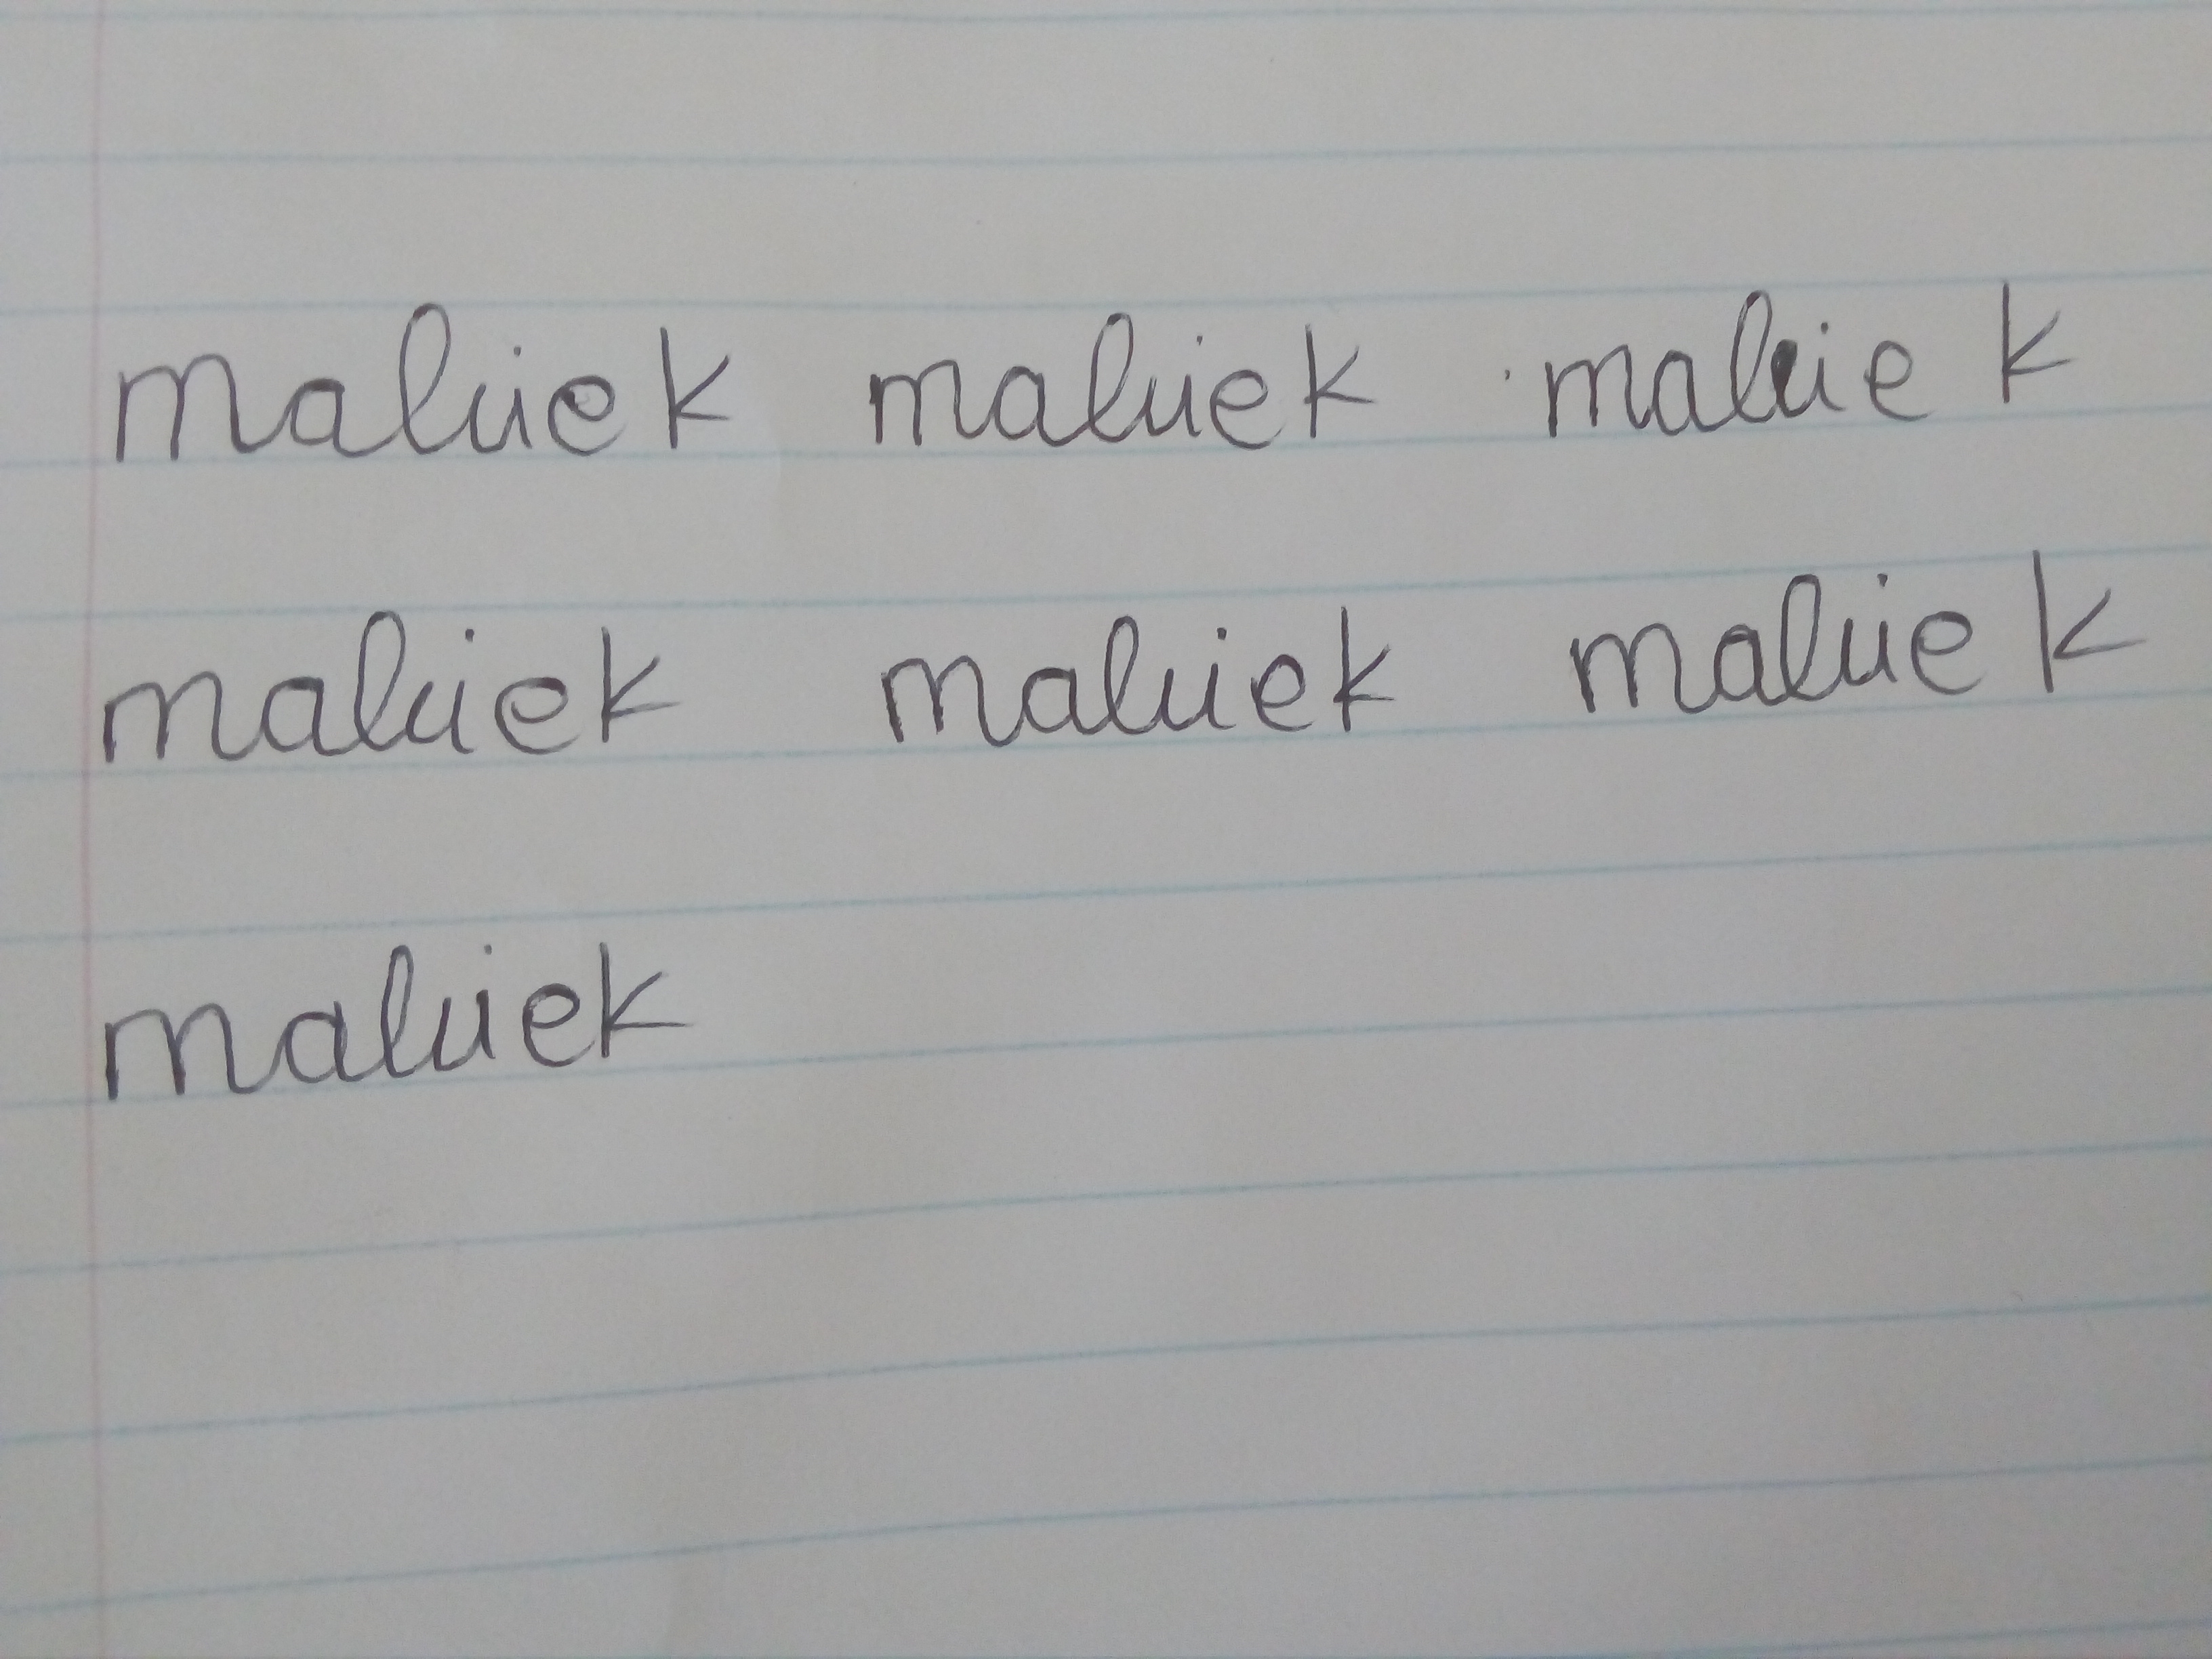
Signature authenticity: forged